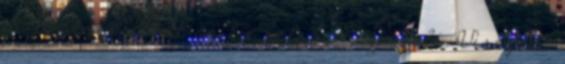
is lépéseket tett az Eu belső magja felé. Visegrád